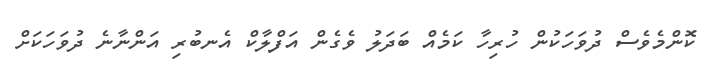
ކޮންމެވެސް ދުވަހަކުން ހުރިހާ ކަމެއް ބަދަލު ވެގެން އަފްލާކް އެނބުރި އަންނާނެ ދުވަހަކަށް